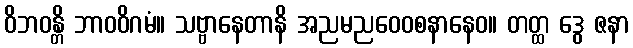
ဝိဘဝန္တိ ဘာဝဝိဂမံ။ သဗ္ဗာနေတာနိ အညမညဝေဝစနာနေဝ။ တတ္ထ ဒွေ ဇနာ